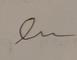
Signature authenticity: forged